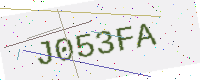
Text: J053FA